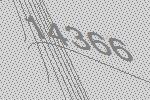
14366